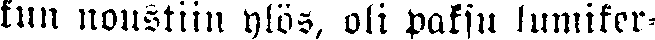
kun noustiin ylös, oli paksu lumiker-